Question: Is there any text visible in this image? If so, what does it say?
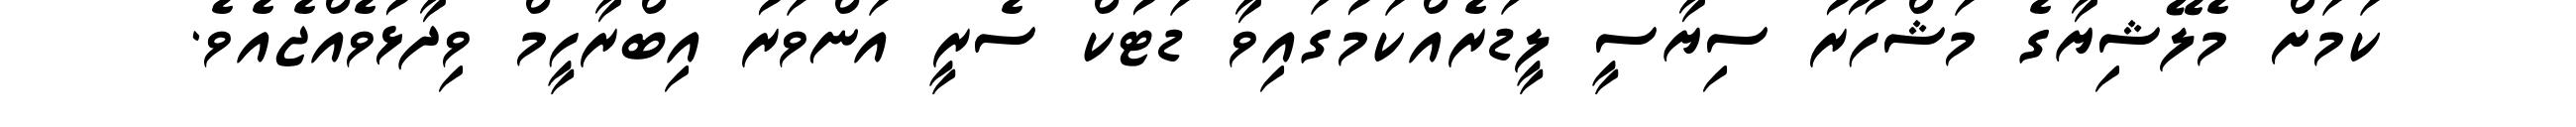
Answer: ކަމަށް މެލޭޝިޔާގެ މަޝްހޫރު ސިޔާސީ ލީޑަރެއްކަމުގައިވާ ޑަޓުކް ސެރީ އަންވަރު އިބްރާހީމް ވިދާޅުވެއްޖެއެވެ.